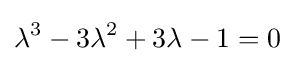
\lambda ^{3}-3\lambda ^{2}+3\lambda -1=0